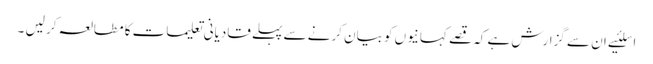
اسلئیے ان سے گزارش ہے کہ قصے کہانیوں کو بیان کرنے سے پہلے قادیانی تعلیمات کا مطالعہ کر لیں ۔